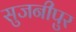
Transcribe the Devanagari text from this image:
सुजनीपुर